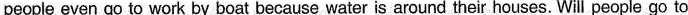
people even go to work by boat because water is around their houses. Will people go to